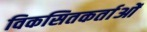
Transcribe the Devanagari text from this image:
विकसितकर्ताओं